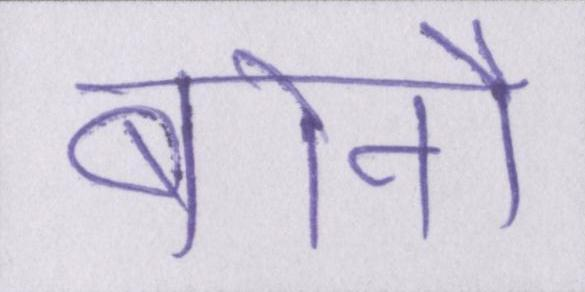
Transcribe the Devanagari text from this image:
बोर्नो